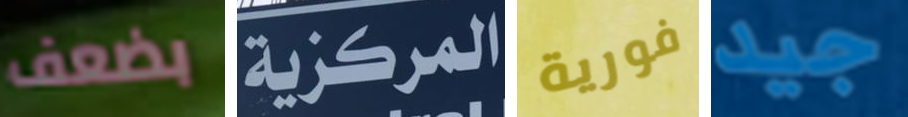
بضعف المركزية فورية جيد